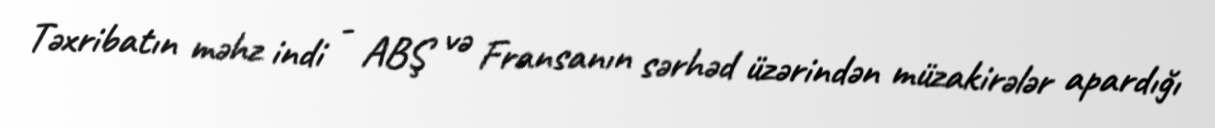
Təxribatın məhz indi - ABŞ və Fransanın sərhəd üzərindən müzakirələr apardığı